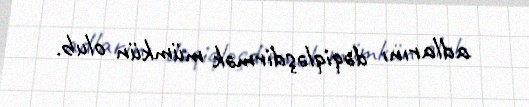
adlarını dəqiqləşdirmək mümkün olub.